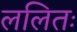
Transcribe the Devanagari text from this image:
ललितः